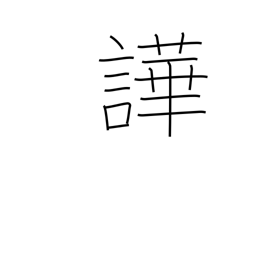
Meaning: noisy